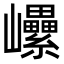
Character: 𡿔